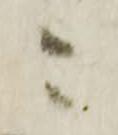
ニ